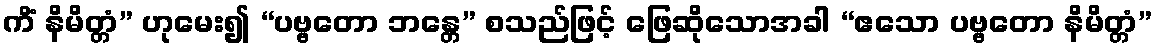
ကိံ နိမိတ္တံ” ဟုမေး၍ “ပဗ္ဗတော ဘန္တေ” စသည်ဖြင့် ဖြေဆိုသောအခါ “ဧသော ပဗ္ဗတော နိမိတ္တံ”